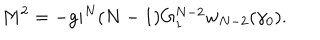
M ^ { 2 } = - g i ^ { N } ( N - 1 ) G _ { 1 } ^ { N - 2 } w _ { N - 2 } ( \gamma _ { 0 } ) .